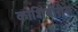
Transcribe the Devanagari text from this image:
कोशिंबीरीस